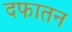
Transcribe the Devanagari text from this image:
दफातन